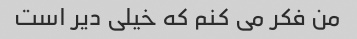
من فکر می کنم که خیلی دیر است